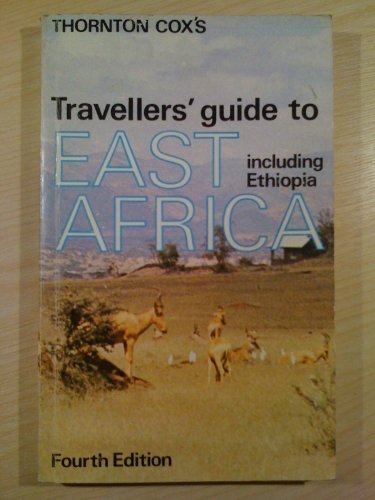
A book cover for Travellers guide to East Africa;: A concise guide to the wildlife and tourist facilities of Ethiopia, Kenya, Tanzania and Uganda; Thornton Cox; Travel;